Report on metropolitan horse fairs and district horse shows of 1891-92 - 1891-1892
Year: 1891
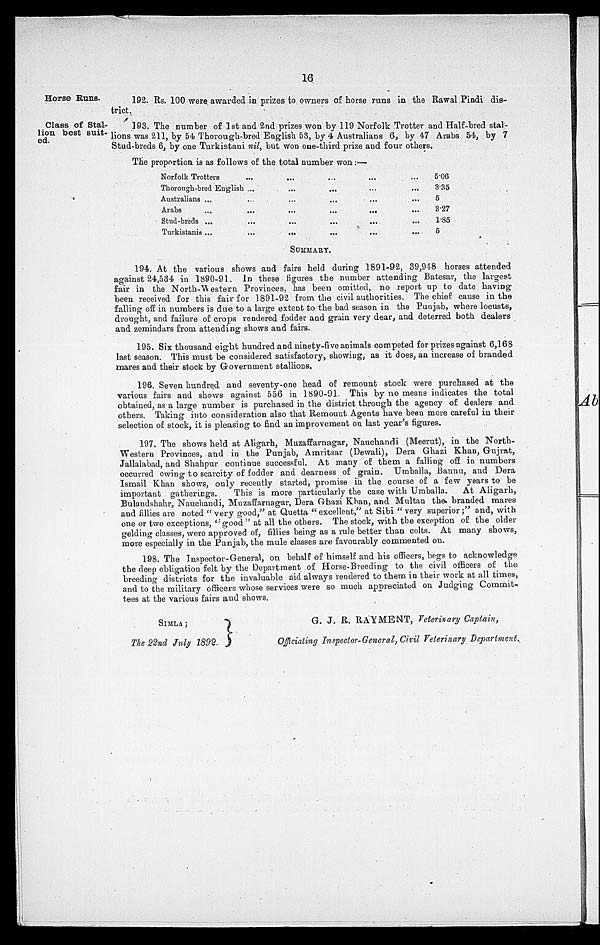
16
Horse Runs.
192. Rs. 100 were awarded in prizes to owners of horse runs in the Rawal Pindi dis-
trict.
Class of Stal-
lion best suit-
ed.
193. The number of 1st and 2nd prizes won by 119 Norfolk Trotter and Half-bred stal-
lions was 211, by 54 Thorough-bred English 53, by 4 Australians 6, by 47 Arabs 54, by 7
Stud-breds 6, by one Turkistani nil, but won one-third prize and four others.
The proportion is as follows of the total number won:—
Norfolk Trotters
Thorough-bred English
Australians
Arabs
Stud-breds
Turkistanis
...
...
...
...
...
...
...
...
...
...
...
...
...
...
...
...
...
...
...
...
...
...
...
...
...
...
...
...
...
...
...
...
...
...
5.06
3.35
5
3.27
1.85
5
SUMMARY.
194. At the various shows and fairs held during 1891-92, 39,948 horses attended
against 24,534 in 1890-91. In these figures the number attending Batesar, the largest
fair in the North-Western Provinces, has been omitted, no report up to date having
been received for this fair for 1891-92 from the civil authorities. The chief cause in the
falling off in numbers is due to a large extent to the bad season in the Punjab, where locusts,
drought, and failure of crops rendered fodder and grain very dear, and deterred both dealers
and zemindars from attending shows and fairs.
195. Six thousand eight hundred and ninety-five animals competed for prizes against 6,168
last season. This must be considered satisfactory, showing, as it does, an increase of branded
mares and their stock by Government stallions.
196. Seven hundred and seventy-one head of remount stock were purchased at the
various fairs and shows against 556 in 1890-91 This by no means indicates the total
obtained, as a large number is purchased in the district through the agency of dealers and
others. Taking into consideration also that Remount Agents have been more careful in their
selection of stock, it is pleasing to find an improvement on last year's figures.
197. The shows held at Aligarh, Muzaffarnagar, Nauchandi (Meerut), in the North-
Western Provinces, and in the Punjab, Amritsar (Dewali), Dera Ghazi Khan, Gujrat,
Jallalabad, and Shahpur continue successful. At many of them a falling off in numbers
occurred owing to scarcity of fodder and dearness of grain. Umballa, Bannu, and Dera
Ismail Khan shows, only recently started, promise in the course of a few years to be
important gatherings.
This is more particularly the case with Umballa.
At Aligarh,
Bulandshahr, Nauchandi, Muzaffarnagar, Dera Ghazi Khan, and Multan the branded mares
and fillies are noted "very good," at Quetta "excellent," at Sibi "very superior;" and, with
one or two exceptions, "good" at all the others. The stock, with the exception of the older
gelding classes, were approved of, fillies being as a rule better than colts. At many shows,
more especially in the Punjab, the mule classes are favourably commented on.
198. The Inspector-General, on behalf of himself and his officers, begs to acknowledge
the deep obligation felt by the Department of Horse-Breeding to the civil officers of the
breeding districts for the invaluable aid always rendered to them in their work at all times,
and to the military officers whose services were so much appreciated on Judging Commit-
tees at the various fairs and shows.
SIMLA;
The 22nd July 1892.
G. J. R. RAYMENT, Veterinary Captain,
Officiating Inspector-General, Civil Veterinary Department.